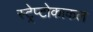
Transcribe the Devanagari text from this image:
स्ट्रेप्टोकाकल